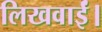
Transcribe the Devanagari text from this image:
लिखवाईं।